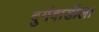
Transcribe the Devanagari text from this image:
दुर्गवाडीला